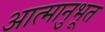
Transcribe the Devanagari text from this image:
आत्मानुभूत